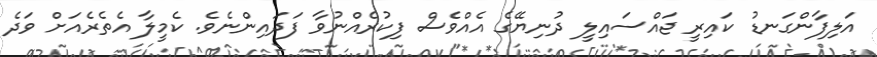
އަލިފާންގަނޑު ކައިރީ ޖައްސައިލީ ދުނިޔޭގެ އެއްވެސް ފިކުރެއްނުވާ ފަދައިންނެވެ. ކެމީލާ އެތެރެއަށް ވަދެ